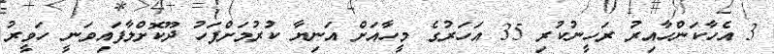
3 އެހާކަންހާއިރު ރަހީނުކުރި 35 އަހަރުގެ މީހާއަށް އަނިޔާ ކުރުމަށްފަހު ދޫކޮށްލާފައިވަނީ ހަވީރު